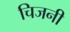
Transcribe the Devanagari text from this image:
चिजनी